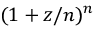
( 1 + z / n ) ^ { n }